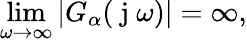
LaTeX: \operatorname*{lim}_{\omega\to\infty}|G_{\alpha}(\mathrm{~j~}\omega)|=\infty,